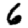
Digit: 6